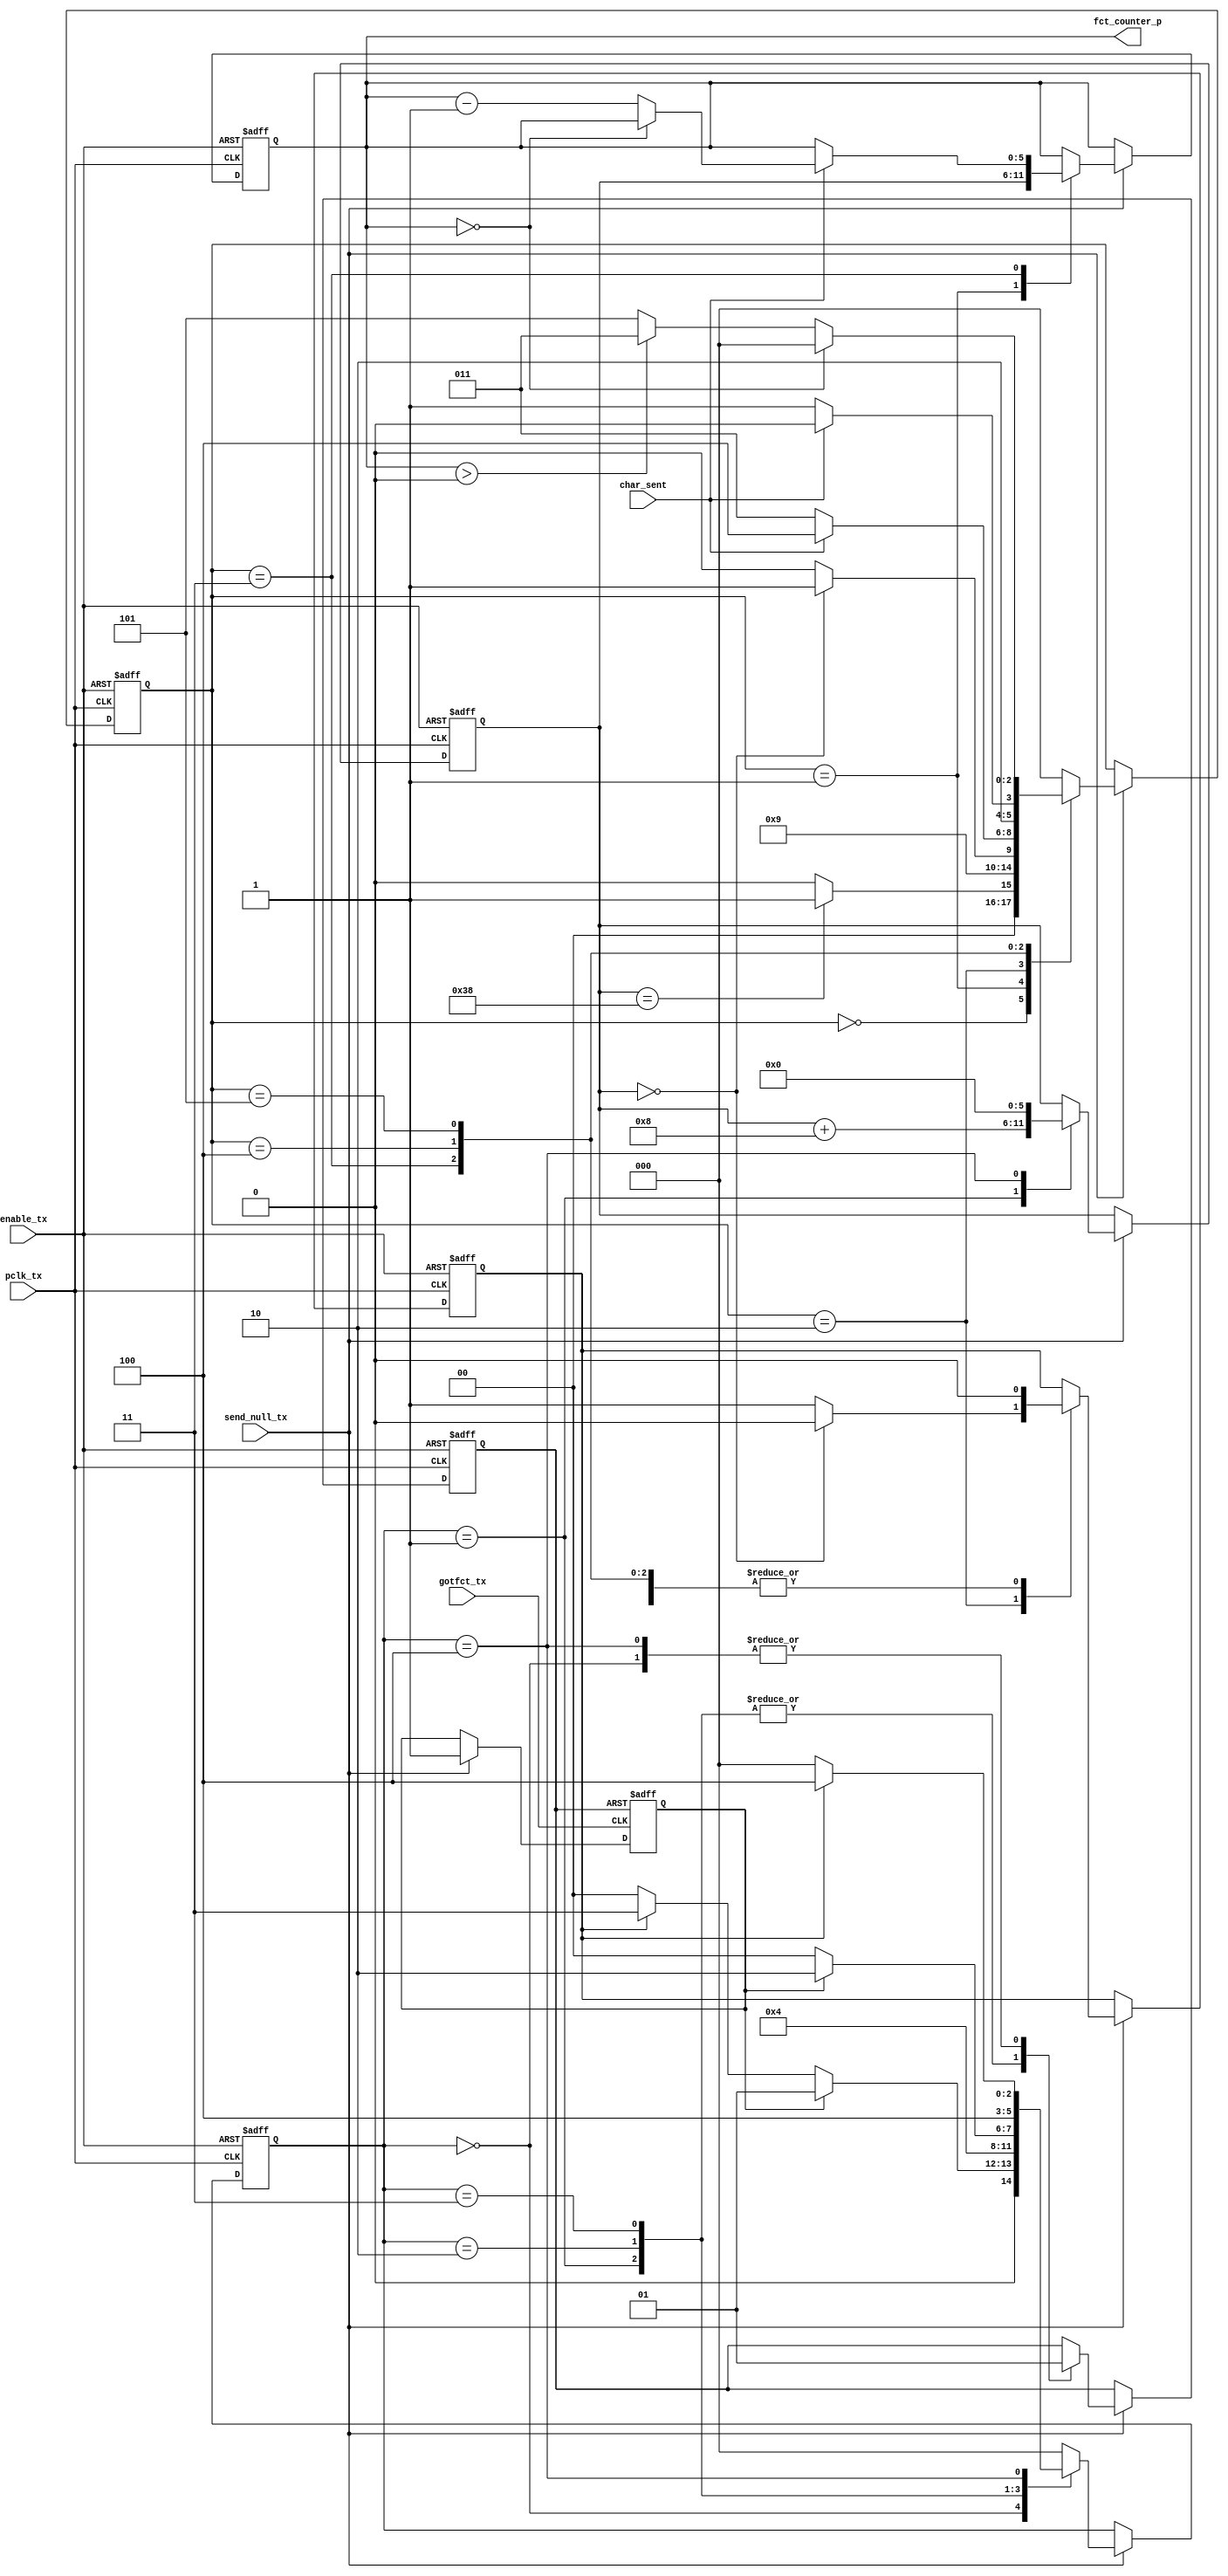
module tx_fct_counter(
			input pclk_tx,
			input send_null_tx,
			input enable_tx,

			input gotfct_tx,
			input char_sent,

			output reg [5:0] fct_counter_p
		     );


	reg  [2:0] state_fct_receive/* synthesis dont_replicate */;
	reg  [2:0] next_state_fct_receive/* synthesis dont_replicate */;

	reg  [2:0] state_fct_p/* synthesis dont_replicate */;
	reg  [2:0] next_state_fct_p/* synthesis dont_replicate */;

	reg [5:0] fct_counter_receive;

	reg clear_reg;

	reg internal_reset;
	reg get_got_fct;

always@(posedge gotfct_tx or negedge internal_reset)
begin
	if(!internal_reset)
	begin
		get_got_fct <= 1'b0;
	end
	else if(send_null_tx)
	begin
		get_got_fct <= 1'b1;
	end
end

always@(*)
begin
	next_state_fct_receive = state_fct_receive;

	case(state_fct_receive)
	3'd0:
	begin
		if(get_got_fct)
		begin
			next_state_fct_receive = 3'd1;
		end
		else if(clear_reg)
		begin
			next_state_fct_receive = 3'd3;
		end
		else 
			next_state_fct_receive = 3'd0;
	end
	3'd1:
	begin

		next_state_fct_receive = 3'd2;
	end
	3'd2:
	begin
		if(get_got_fct)
		begin
			next_state_fct_receive = 3'd2;
		end
		else 
		begin
			next_state_fct_receive = 3'd0;
		end
	end
	3'd3:
	begin
		next_state_fct_receive = 3'd4;
	end
	3'd4:
	begin
		if(clear_reg)
		begin
			next_state_fct_receive = 3'd4;
		end
		else 
		begin
			next_state_fct_receive = 3'd0;
		end
	end
	default:
	begin
		next_state_fct_receive = 3'd0;
	end
	endcase
end


always@(posedge pclk_tx or negedge enable_tx)
begin
	if(!enable_tx)
	begin
		fct_counter_receive<= 6'd0;
		state_fct_receive <= 3'd0;
		
		internal_reset <= 1'b0;
	end
	else if(send_null_tx)
	begin
		state_fct_receive <= next_state_fct_receive;

		case(state_fct_receive)
		3'd0:
		begin
			fct_counter_receive <= fct_counter_receive;
			internal_reset <= 1'b1;
		end
		3'd1:
		begin
			fct_counter_receive <= fct_counter_receive + 6'd8;
			internal_reset <= 1'b0;
		end
		3'd2:
		begin
			fct_counter_receive <= fct_counter_receive;
			internal_reset <= 1'b0;
		end
		3'd3:
		begin
			fct_counter_receive <= fct_counter_receive;
			internal_reset <= 1'b0;
		end
		3'd4:
		begin
			internal_reset <= 1'b1;
			fct_counter_receive <= 6'd0;
		end
		default:
		begin
			fct_counter_receive <= fct_counter_receive;
		end
		endcase
	end
end



always@(*)
begin
	next_state_fct_p = state_fct_p;

	case(state_fct_p)
	3'd0:
	begin
		if(fct_counter_receive == 6'd56)
		begin
			next_state_fct_p = 3'd1;
		end
		else 
			next_state_fct_p = 3'd0;
	end
	3'd1:
	begin
		next_state_fct_p = 3'd2;
	end
	3'd2:
	begin
		if(fct_counter_receive == 6'd0)
			next_state_fct_p = 3'd3;
		else
			next_state_fct_p = 3'd2;
	end
	3'd3:
	begin
		if(char_sent)
			next_state_fct_p = 3'd4;
		else
			next_state_fct_p = 3'd3;
	end
	3'd4:
	begin
		if(!char_sent)
			next_state_fct_p = 3'd5;
		else
			next_state_fct_p = 3'd4;
	end
	3'd5:
	begin
		if(fct_counter_p == 6'd0)
			next_state_fct_p = 3'd0;
		else if(fct_counter_p > 6'd0)
			next_state_fct_p = 3'd3;
		else
			next_state_fct_p = 3'd5;
	end
	default:
	begin
		next_state_fct_p = 3'd0;
	end
	endcase
end


always@(posedge pclk_tx or negedge enable_tx)
begin
	if(!enable_tx)
	begin
		fct_counter_p<= 6'd0;
		state_fct_p  <= 3'd0;
		clear_reg <= 1'b0;
	end
	else if(send_null_tx)
	begin

		state_fct_p <= next_state_fct_p;

		case(state_fct_p)
		3'd0:
		begin
			clear_reg <= 1'b0;
			fct_counter_p <= fct_counter_p;
		end
		3'd1:
		begin
			fct_counter_p <= fct_counter_receive;
			clear_reg <= 1'b0;
		end
		3'd2:
		begin

			if(fct_counter_receive == 6'd0)
				clear_reg <= 1'b0;
			else
				clear_reg <= 1'b1;

			fct_counter_p <= fct_counter_p;
		end
		3'd3:
		begin
			clear_reg <= 1'b0;
			if(char_sent)
			begin
				if(fct_counter_p == 6'd0)
					fct_counter_p <= fct_counter_p;
				else
					fct_counter_p <= fct_counter_p - 6'd1;
			end
			else
				fct_counter_p <= fct_counter_p;
		end
		3'd4:
		begin
			clear_reg <= 1'b0;
			fct_counter_p <= fct_counter_p;
		end
		3'd5:
		begin
			clear_reg <= 1'b0;
			fct_counter_p <= fct_counter_p;
		end
		default:
		begin
			fct_counter_p <= fct_counter_p;
		end
		endcase
	end
end
endmodule